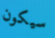
سيكون